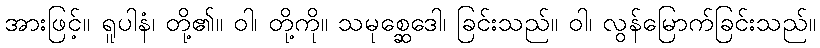
အားဖြင့်။ ရူပါနံ၊ တို့၏။ ဝါ၊ တို့ကို။ သမုစ္ဆေဒေါ၊ ခြင်းသည်။ ဝါ၊ လွန်မြောက်ခြင်းသည်။